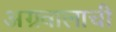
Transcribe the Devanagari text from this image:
अग्रवालाची